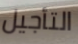
التأجيل